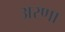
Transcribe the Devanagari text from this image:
अरणा